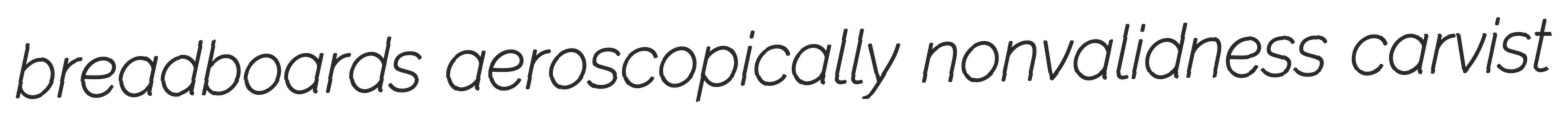
breadboards aeroscopically nonvalidness carvist